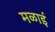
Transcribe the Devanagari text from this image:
मळाई